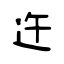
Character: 迕